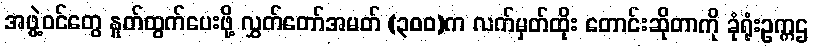
အဖွဲ့ဝင်တွေ နှုတ်ထွက်ပေးဖို့ လွှတ်တော်အမတ် (၃၀၀)က လက်မှတ်ထိုး တောင်းဆိုတာကို ခုံရုံးဥက္ကဌ